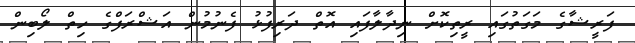
ފަރީޝާގެ މަގަތުގައި ރީތިކޮށް ނިދާލާފައި އޮތް ދަރިފުޅު ފެނުމުން އަޝްރަފްގެ ހިތް ލޯބިން